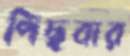
পিছবার